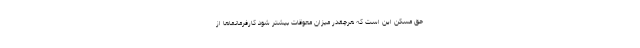
حق مسکن این است که هرچقدر میزان معوقات بیشتر شود کارفرمانماها از